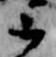
云